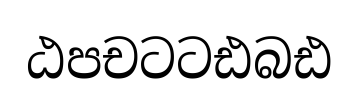
ඨපචටටඪබඪ